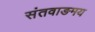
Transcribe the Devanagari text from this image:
संतवाङमय